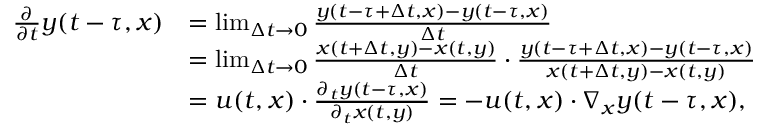
\begin{array} { r l } { \frac { \partial } { \partial t } y ( t - \tau , x ) } & { = \operatorname* { l i m } _ { \Delta t \rightarrow 0 } \frac { y ( t - \tau + \Delta t , x ) - y ( t - \tau , x ) } { \Delta t } } \\ & { = \operatorname* { l i m } _ { \Delta t \rightarrow 0 } \frac { x ( t + \Delta t , y ) - x ( t , y ) } { \Delta t } \cdot \frac { y ( t - \tau + \Delta t , x ) - y ( t - \tau , x ) } { x ( t + \Delta t , y ) - x ( t , y ) } } \\ & { = u ( t , x ) \cdot \frac { \partial _ { t } y ( t - \tau , x ) } { \partial _ { t } x ( t , y ) } = - u ( t , x ) \cdot \nabla _ { x } y ( t - \tau , x ) , } \end{array}